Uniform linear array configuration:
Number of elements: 32
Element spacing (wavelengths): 0.5
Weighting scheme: hann
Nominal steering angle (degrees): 15
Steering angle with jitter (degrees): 15.322
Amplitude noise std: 0.05
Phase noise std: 0.05

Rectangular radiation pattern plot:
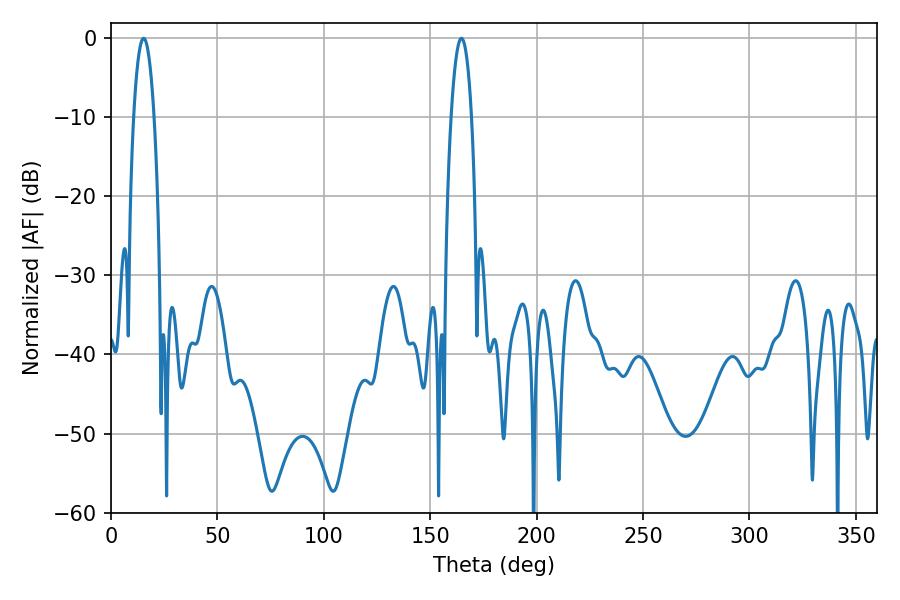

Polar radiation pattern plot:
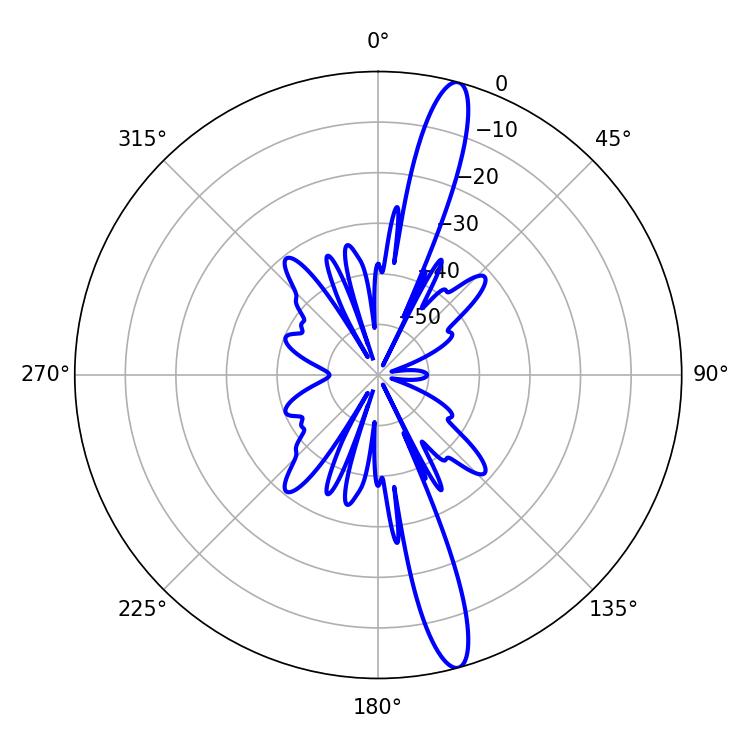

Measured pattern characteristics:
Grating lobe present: FALSE
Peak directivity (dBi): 15.766
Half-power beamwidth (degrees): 5.22
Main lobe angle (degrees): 15.3